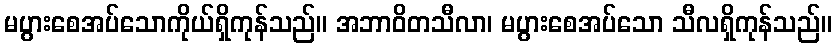
မပွားစေအပ်သောကိုယ်ရှိကုန်သည်။ အဘာဝိတသီလာ၊ မပွားစေအပ်သော သီလရှိကုန်သည်။